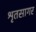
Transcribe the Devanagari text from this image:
श्रृतसागर